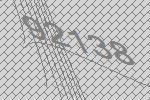
92138